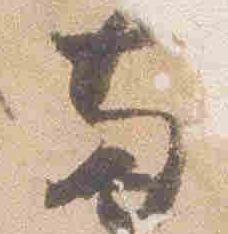
両